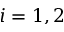
i = 1 , 2